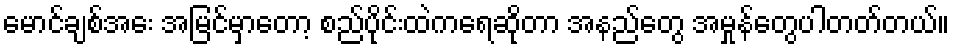
မောင်ချစ်အေး အမြင်မှာတော့ စည်ပိုင်းထဲကရေဆိုတာ အနည်တွေ အမှုန်တွေပါတတ်တယ်။